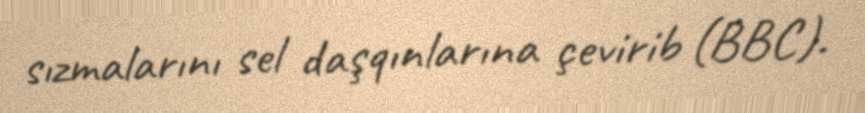
sızmalarını sel daşqınlarına çevirib (BBC).